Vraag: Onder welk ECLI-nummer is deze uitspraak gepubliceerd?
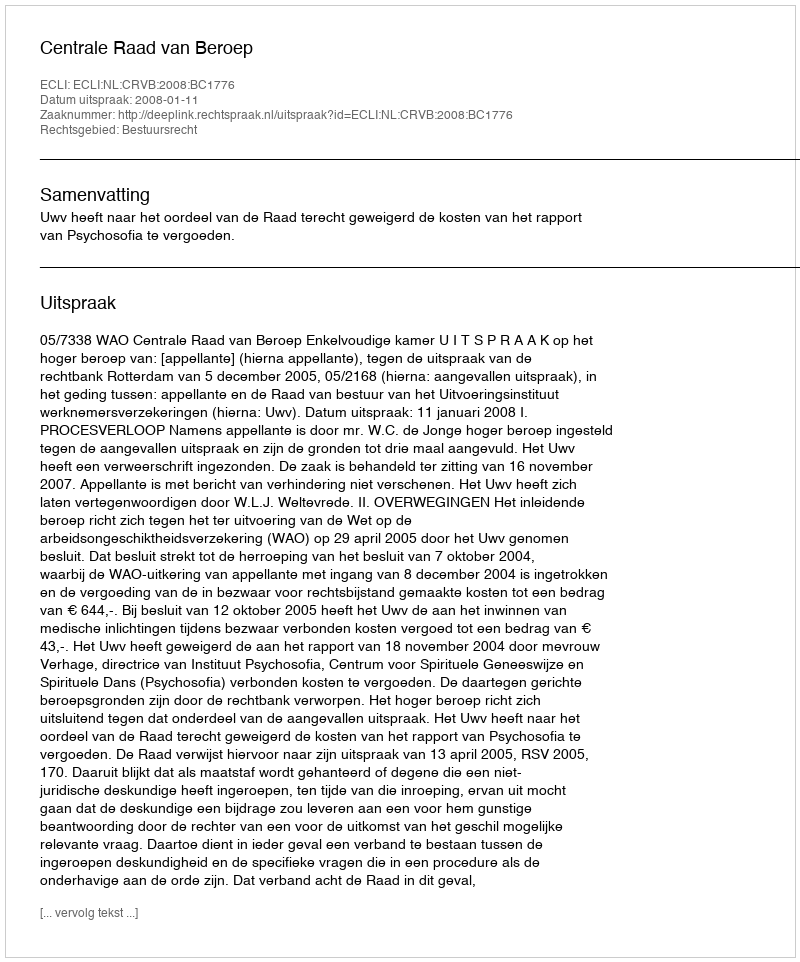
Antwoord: ECLI:NL:CRVB:2008:BC1776